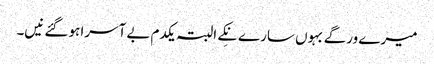
میرے ورگے بہوں سارے نِکے البتہ یکدم بے آسرا ہوگئے نیں۔